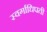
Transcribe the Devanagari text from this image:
स्वर्गाधिपती